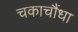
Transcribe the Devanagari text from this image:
चकाचौंधा